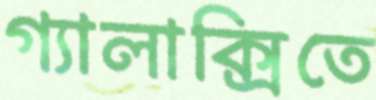
গ্যালাক্সিতে